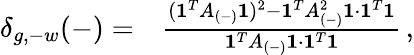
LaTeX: \begin{array}{rl}{\delta_{g,-w}(-)=}&{{}\frac{(\mathbf{1}^{T}A_{(-)}\mathbf{1})^{2}-\mathbf{1}^{T}A_{(-)}^{2}\mathbf{1}\cdot\mathbf{1}^{T}\mathbf{1}}{\mathbf{1}^{T}A_{(-)}\mathbf{1}\cdot\mathbf{1}^{T}\mathbf{1}}\, ,}\end{array}